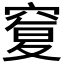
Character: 𥦸